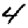
Digit: 4